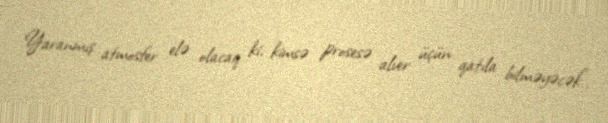
Yaranmış atmosfer elə olacaq ki, kimsə prosesə alver üçün qatıla bilməyəcək”.